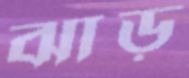
ঝাড়ু